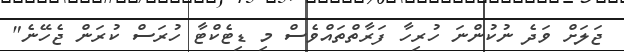
ޖަލަށް ވަދެ ނުކުންނަ ހުރިހާ ފަރާތްތައްވެސް މި ޑިޓެކްޓާ ހުރަސް ކުރަން ޖެހޭނެ"